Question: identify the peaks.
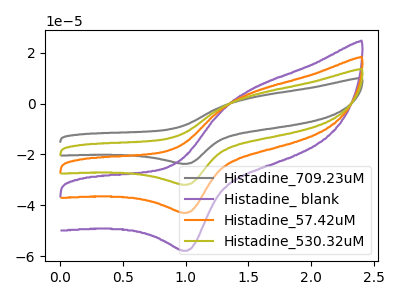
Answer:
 <answer>The gray curve "Histadine_709.23uM" has an anodic peak at (1.50V, 12.00uA) and a cathodic peak at (1.00V, -128.85uA). The purple curve "Histadine_ blank" has an anodic peak at (1.50V, 5.40uA) and a cathodic peak at (1.00V, -57.80uA). The orange curve "Histadine_57.42uM" has an anodic peak at (1.50V, 4.00uA) and a cathodic peak at (1.00V, -42.95uA). The olive curve "Histadine_530.32uM" has an anodic peak at (1.50V, 8.00uA) and a cathodic peak at (1.00V, -85.90uA).</answer>
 <eval></eval>